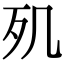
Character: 𣦽